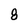
Character: 8